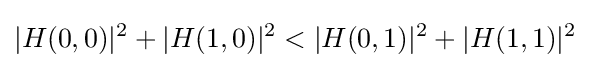
|H(0,0)|^{2}+|H(1,0)|^{2}<|H(0,1)|^{2}+|H(1,1)|^{2}